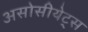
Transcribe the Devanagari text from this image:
असोसीयेट्स